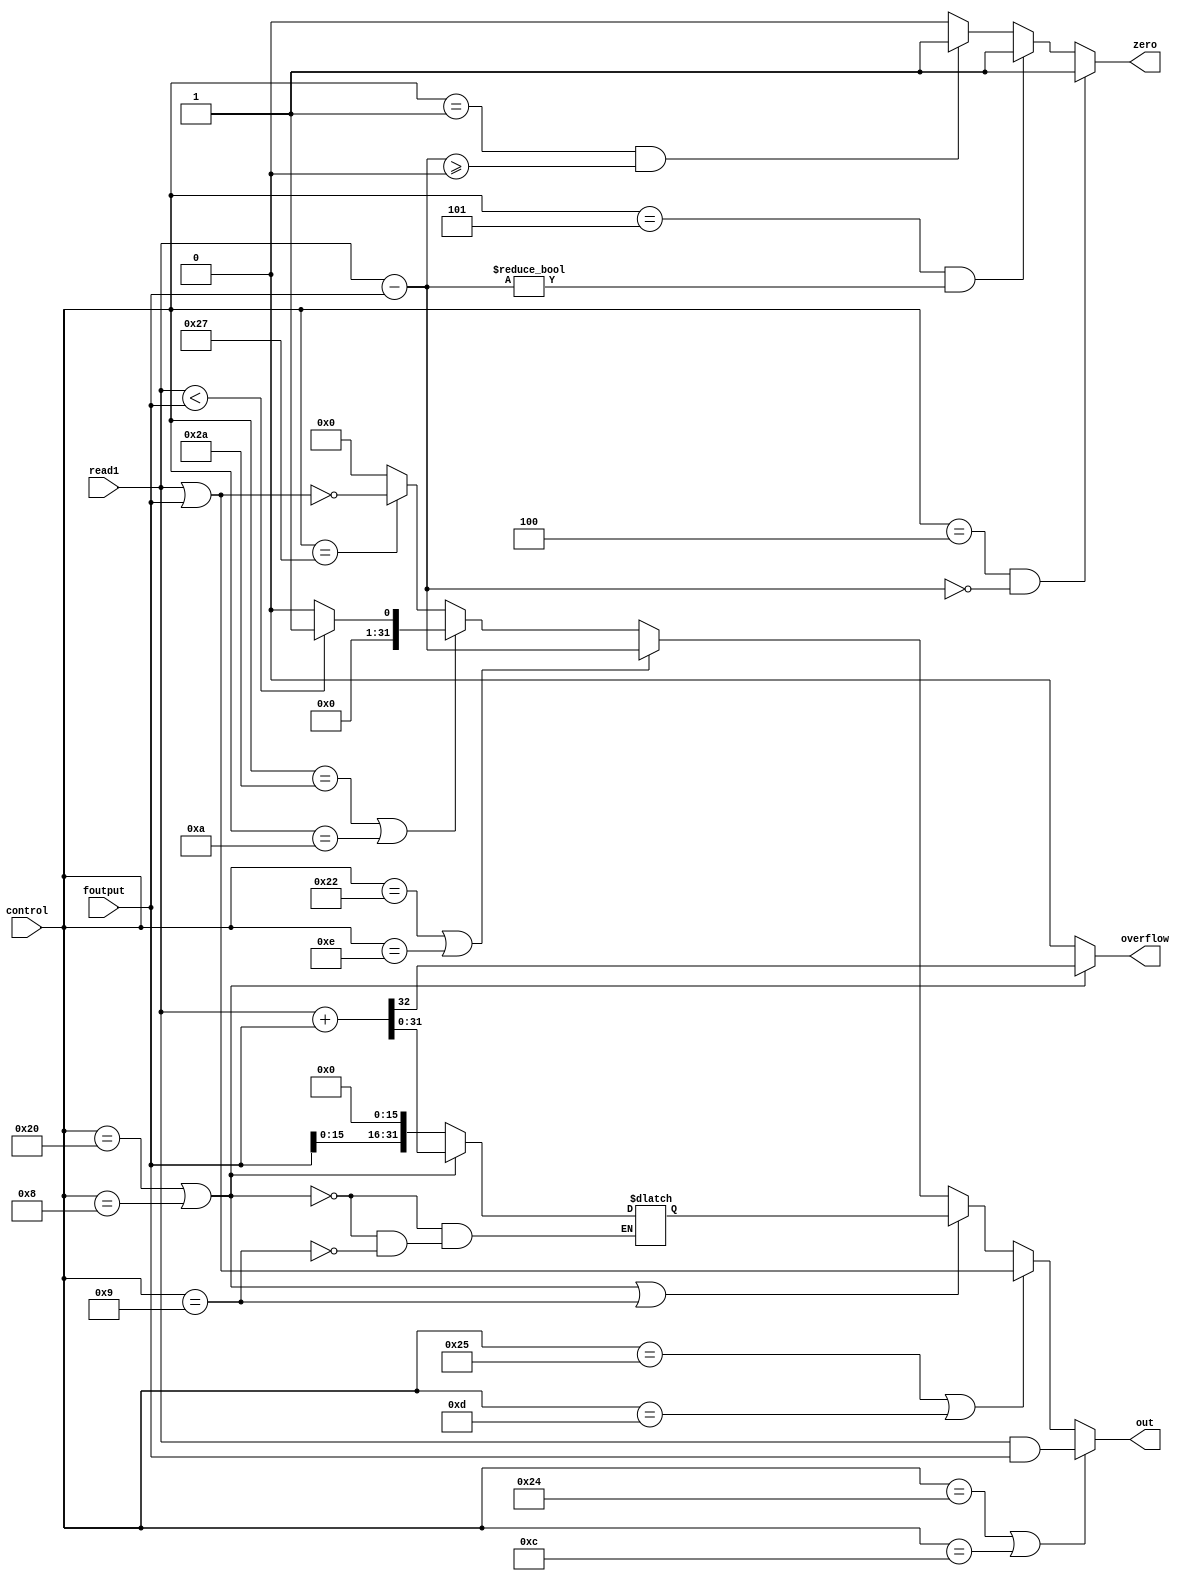
module alu(read1,foutput,overflow,control,out,zero);
output reg overflow;
reg signed[31:0] oc ;
output wire [31:0]out ;
input[5:0]control;
input signed[31:0] foutput,read1 ;
output wire zero;

always @(*)
begin
	overflow=0;
	if(control==32|control==8)	
		{overflow,oc}={1'b0,read1}+{1'b0,foutput};
	else 
		if (control==9)
		{overflow,oc}={1'b0,(foutput<<16)};
	
end

assign out=(control==36|control==12)?read1&foutput:(
	   	(control==37|control==13)?read1|foutput:(
			(control==32|control==8|control==9)?oc:(
	   			(control==34|control==14)?read1-foutput:(
	   				(control==42|control==10)?((read1<foutput)?1:0):     
					(control==39)?~(read1|foutput):0   ))));

assign zero=(control==4&((read1-foutput)==0))?1:(
	     (control==5&(read1-foutput)!=0)?1:(
	     (control==1&(read1-foutput)>=0)?1:0));
endmodule